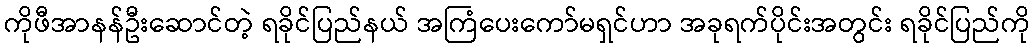
ကိုဖီအာနန်ဦးဆောင်တဲ့ ရခိုင်ပြည်နယ် အကြံပေးကော်မရှင်ဟာ အခုရက်ပိုင်းအတွင်း ရခိုင်ပြည်ကို